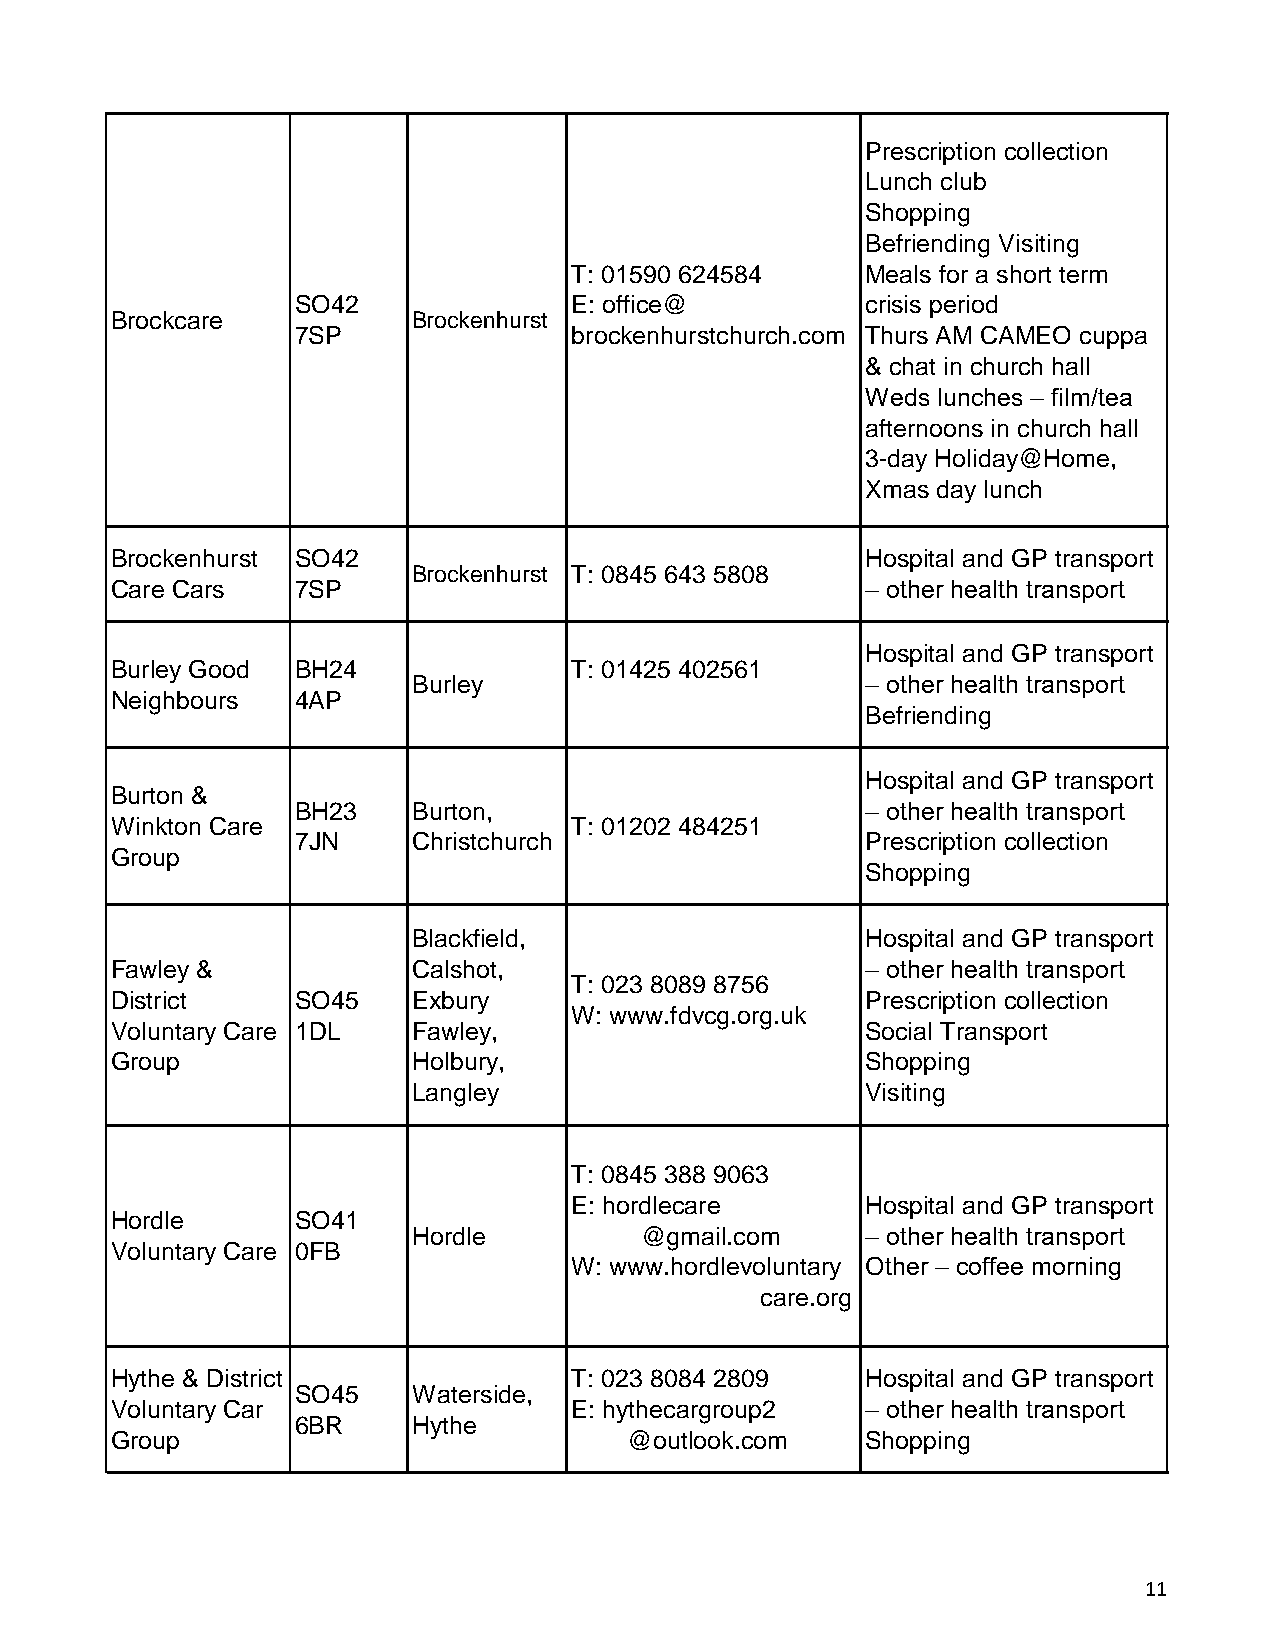
Prescription collection
 Lunch club
 Shopping
 Befriending Visiting
 T: 01590 624584    Meals for a short term
 SO42              E: office@         crisis period
 Brockcare           Brockenhurst
 7SP               brockenhurstchurch.com Thurs AM CAMEO cuppa
 & chat in church hall
 Weds lunches – film/tea
 afternoons in church hall
 3-day Holiday@Home,
 Xmas day lunch
 Brockenhurst SO42                                 Hospital and GP transport
 Brockenhurst T: 0845 643 5808
 Care Cars    7SP                                  – other health transport
 Hospital and GP transport
 Burley Good  BH24              T: 01425 402561
 Burley                        – other health transport
 Neighbours   4AP
 Befriending
 Hospital and GP transport
 Burton &
 BH23   Burton,                       – other health transport
 Winkton Care                   T: 01202 484251
 7JN    Christchurch                  Prescription collection
 Group
 Shopping
 Blackfield,                   Hospital and GP transport
 Fawley &            Calshot,                      – other health transport
 T: 023 8089 8756
 District     SO45   Exbury                        Prescription collection
 W: www.fdvcg.org.uk
 Voluntary Care 1DL  Fawley,                       Social Transport
 Group               Holbury,                      Shopping
 Langley                       Visiting
 T: 0845 388 9063
 E: hordlecare      Hospital and GP transport
 Hordle       SO41
 Hordle         @gmail.com     – other health transport
 Voluntary Care 0FB
 W: www.hordlevoluntary Other – coffee morning
 care.org
 Hythe & District               T: 023 8084 2809   Hospital and GP transport
 SO45   Waterside,
 Voluntary Car                  E: hythecargroup2  – other health transport
 6BR    Hythe
 Group                              @outlook.com   Shopping
 11